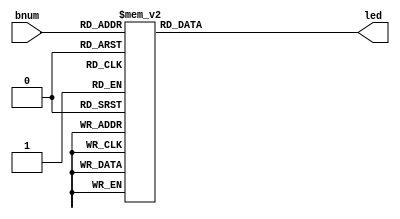
/************************************************
*                                               *
* Derek Prince                                  *
* ECEN 2350: Digital Logic                      *
* 2n-bit Comparator on the terasiC DE0 board    *
* Altera Cyclone 3 EP3C16F484                   *
*	                                              *
*                                               *
*************************************************

Copyright (c) 2016 Derek Prince

Permission is hereby granted, free of charge, to any person obtaining a copy
of this software and associated documentation files (the "Software"), to deal
in the Software without restriction, including without limitation the rights
to use, copy, modify, merge, publish, distribute, sublicense, and/or sell
copies of the Software, and to permit persons to whom the Software is
furnished to do so, subject to the following conditions:

The above copyright notice and this permission notice shall be included in all
copies or substantial portions of the Software.

THE SOFTWARE IS PROVIDED "AS IS", WITHOUT WARRANTY OF ANY KIND, EXPRESS OR
IMPLIED, INCLUDING BUT NOT LIMITED TO THE WARRANTIES OF MERCHANTABILITY,
FITNESS FOR A PARTICULAR PURPOSE AND NONINFRINGEMENT. IN NO EVENT SHALL THE
AUTHORS OR COPYRIGHT HOLDERS BE LIABLE FOR ANY CLAIM, DAMAGES OR OTHER
LIABILITY, WHETHER IN AN ACTION OF CONTRACT, TORT OR OTHERWISE, ARISING FROM,
OUT OF OR IN CONNECTION WITH THE SOFTWARE OR THE USE OR OTHER DEALINGS IN THE
SOFTWARE.

*/

module seg7(bnum, led);

input [3:0] bnum;			//input number
output reg [0:6] led;	//output
				//I did this in reverse originally so the vector declaration is reversed instead of redoing it
always @(bnum)
	case(bnum)
		0: led = 7'b0000001;		//0
		1: led = 7'b1001111;		//1
		2: led = 7'b0010010;		//2
		3: led = 7'b0000110;		//3
		4: led = 7'b1001100;		//4
		5: led = 7'b0100100;		//5
		6: led = 7'b0100000;		//6
		7: led = 7'b0001111;		//7
		8: led = 7'b0000000;		//8
		9: led = 7'b0000100;		//9
		10: led = 7'b0001000;	//A
		11: led = 7'b1100000;	//B
		12: led = 7'b0110001;	//C
		13: led = 7'b1000010;	//D
		14: led = 7'b0110000;	//E
		15: led = 7'b0111000;	//F
		default: led = 7'b1111111;	//default off
	endcase
endmodule //seg7